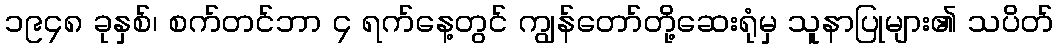
၁၉၄၈ ခုနှစ်၊ စက်တင်ဘာ ၄ ရက်နေ့တွင် ကျွန်တော်တို့ဆေးရုံမှ သူနာပြုများ၏ သပိတ်